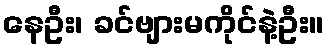
နေဦး၊ ခင်ဗျားမကိုင်နဲ့ဦး။